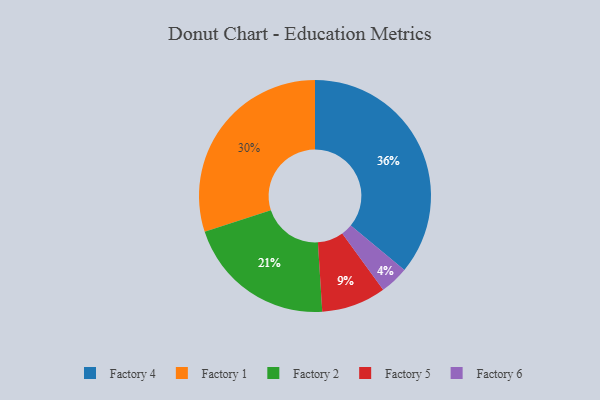
{"axis": {"x": "Category", "y": "Percentage"}, "legend": ["Factory 1", "Factory 2", "Factory 4", "Factory 5", "Factory 6"], "data": [{"x": "Factory 6", "y": 4, "type": "Factory 6"}, {"x": "Factory 2", "y": 21, "type": "Factory 2"}, {"x": "Factory 5", "y": 9, "type": "Factory 5"}, {"x": "Factory 4", "y": 36, "type": "Factory 4"}, {"x": "Factory 1", "y": 30, "type": "Factory 1"}]}